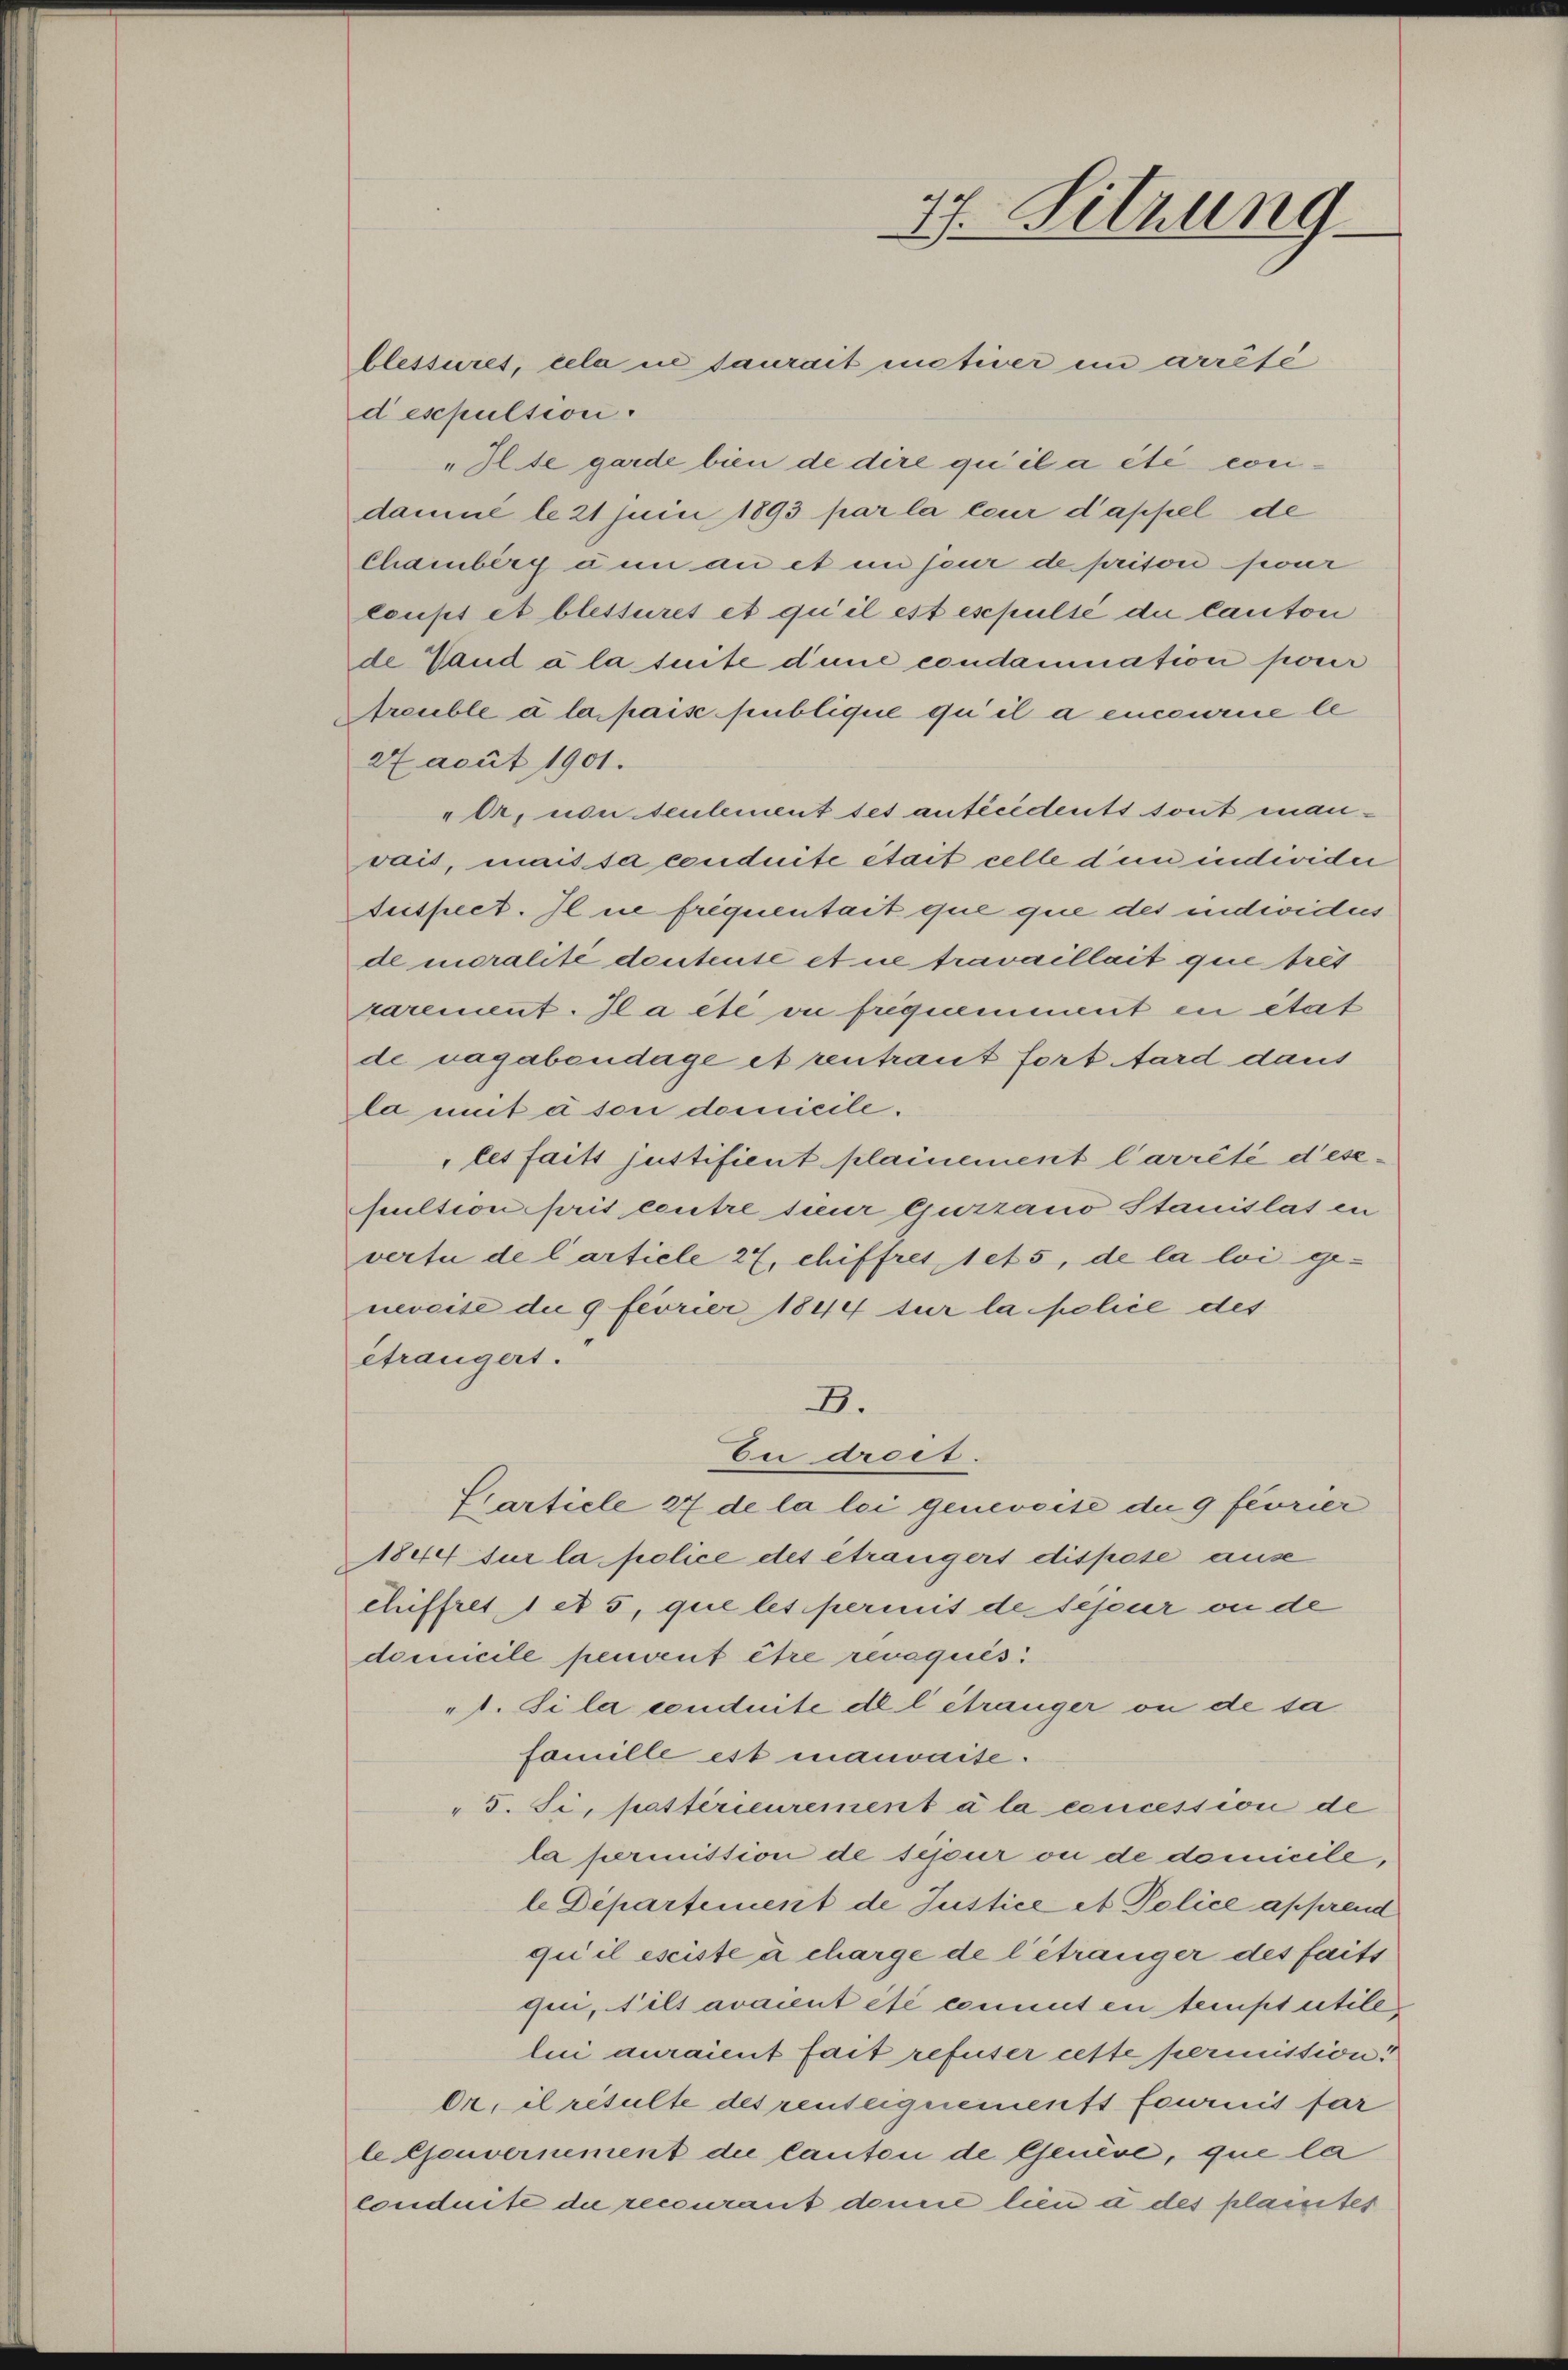
despulsion.
27 acuit 1901.

i

blessures, cela un saurait motiver in arrésé
"Hlte garde bien de dire qu’il a été condamné le 21 Junii 1893 par la leur d’appel de
Chamberg unn an et in seur de prison sicur
loupt et blestiret et qu’il est espulse die Canton
de Vaud à la suite dine condammation pour
Areuble à la pais publique qu’il a encourie le
„Or, von seulement ses antécidents sont manvais, mais sa conduite était celle den individer
Suspect. Il ne frequentait que que des individus
de moralité deutenté et ne travaillait que bret
sarement. Il a été vi frequemment en état
de vagabendage et rentraut fort tard dans
la mit à son domicile.
les faits justifient plainement Carrêté d’esepultion pris coutre sieur Gurzauo Stanislas in
vertu de l’article 27, chiffres 1 et 5, de la loi gemereite die 9 feorier 1844 sur la police des
étrangert.
D.
Eu droct.
Ciarticle 27 de la lei genereite die 9 feurier
1844 sur la police des étrangert dispese ause
chiffret, 1 et 5, que les permit de sepur ou de
domicile peuvent être revequis.
"1. Si la conduite de l étranger ou de sa
famille est mauvaise.
" 5. Si, pattérieurement à la concession de
la perinition de sepur ou de domicile,
le Departement de Justice et Police apprend
qui il esiste à charge de l’étranger des faits
qui, ils avaient été cenniten temps utile
lui auraient fait refuser cette permission.
Or, il résulte des renteignemenst fournis far
leljeuvernement die Canton de Genève, que la
conduite die recourant dann lien u des plaintes

77. Sitzung